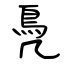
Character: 鳧